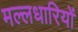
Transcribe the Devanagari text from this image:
मल्लधारियों